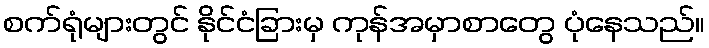
စက်ရုံများတွင် နိုင်ငံခြားမှ ကုန်အမှာစာတွေ ပုံနေသည်။